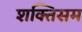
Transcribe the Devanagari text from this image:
शक्तिसम